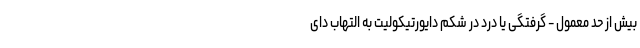
بیش از حد معمول - گرفتگی یا درد در شکم دایورتیکولیت به التهاب دای